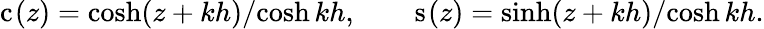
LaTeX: \mathrm{c}_{}(z)={\cosh(z+kh)}/{\cosh kh},\qquad\mathrm{s}_{}(z)={\sinh(z+kh)}/{\cosh kh}.